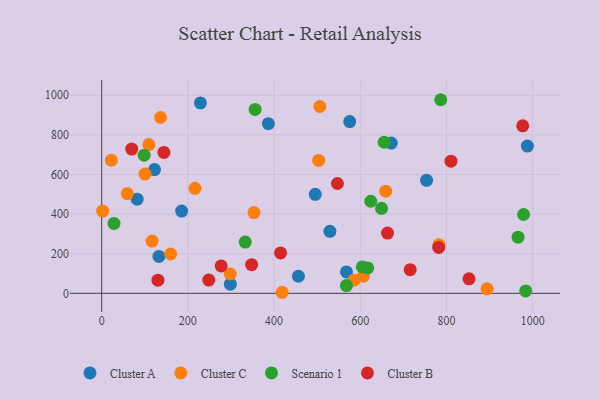
{"axis": {"x": "Ad Spend", "y": "Salary"}, "legend": ["Cluster A", "Cluster B", "Cluster C", "Scenario 1"], "data": [{"x": "529.6", "y": 313.1, "type": "Cluster A"}, {"x": "122.6", "y": 624.5, "type": "Cluster A"}, {"x": "82.3", "y": 475.2, "type": "Cluster A"}, {"x": "495.6", "y": 499.8, "type": "Cluster A"}, {"x": "671.9", "y": 758.7, "type": "Cluster A"}, {"x": "575.5", "y": 866.9, "type": "Cluster A"}, {"x": "456.5", "y": 86.2, "type": "Cluster A"}, {"x": "132.8", "y": 186.6, "type": "Cluster A"}, {"x": "987.8", "y": 743.5, "type": "Cluster A"}, {"x": "753.9", "y": 570.4, "type": "Cluster A"}, {"x": "386.8", "y": 856.6, "type": "Cluster A"}, {"x": "229.2", "y": 961.3, "type": "Cluster A"}, {"x": "185.6", "y": 415.5, "type": "Cluster A"}, {"x": "568.0", "y": 108.0, "type": "Cluster A"}, {"x": "298.6", "y": 46.1, "type": "Cluster A"}, {"x": "109.5", "y": 750.9, "type": "Cluster C"}, {"x": "353.3", "y": 407.9, "type": "Cluster C"}, {"x": "506.2", "y": 943.0, "type": "Cluster C"}, {"x": "22.4", "y": 671.7, "type": "Cluster C"}, {"x": "503.5", "y": 670.9, "type": "Cluster C"}, {"x": "607.2", "y": 86.9, "type": "Cluster C"}, {"x": "100.4", "y": 601.9, "type": "Cluster C"}, {"x": "782.6", "y": 244.9, "type": "Cluster C"}, {"x": "659.1", "y": 515.6, "type": "Cluster C"}, {"x": "136.5", "y": 887.6, "type": "Cluster C"}, {"x": "2.2", "y": 415.2, "type": "Cluster C"}, {"x": "117.0", "y": 264.0, "type": "Cluster C"}, {"x": "298.3", "y": 97.7, "type": "Cluster C"}, {"x": "59.5", "y": 503.7, "type": "Cluster C"}, {"x": "418.7", "y": 5.4, "type": "Cluster C"}, {"x": "216.4", "y": 530.3, "type": "Cluster C"}, {"x": "160.0", "y": 198.6, "type": "Cluster C"}, {"x": "585.6", "y": 66.4, "type": "Cluster C"}, {"x": "894.2", "y": 22.7, "type": "Cluster C"}, {"x": "655.4", "y": 762.6, "type": "Scenario 1"}, {"x": "983.9", "y": 12.0, "type": "Scenario 1"}, {"x": "356.0", "y": 928.3, "type": "Scenario 1"}, {"x": "604.8", "y": 133.5, "type": "Scenario 1"}, {"x": "786.7", "y": 977.3, "type": "Scenario 1"}, {"x": "333.1", "y": 259.0, "type": "Scenario 1"}, {"x": "649.4", "y": 429.2, "type": "Scenario 1"}, {"x": "617.3", "y": 128.1, "type": "Scenario 1"}, {"x": "624.4", "y": 464.9, "type": "Scenario 1"}, {"x": "28.6", "y": 352.8, "type": "Scenario 1"}, {"x": "966.2", "y": 283.5, "type": "Scenario 1"}, {"x": "98.5", "y": 697.6, "type": "Scenario 1"}, {"x": "567.9", "y": 39.1, "type": "Scenario 1"}, {"x": "979.0", "y": 397.9, "type": "Scenario 1"}, {"x": "348.0", "y": 144.7, "type": "Cluster B"}, {"x": "248.5", "y": 67.0, "type": "Cluster B"}, {"x": "144.4", "y": 711.2, "type": "Cluster B"}, {"x": "277.3", "y": 138.6, "type": "Cluster B"}, {"x": "715.9", "y": 119.3, "type": "Cluster B"}, {"x": "782.0", "y": 232.0, "type": "Cluster B"}, {"x": "547.0", "y": 554.4, "type": "Cluster B"}, {"x": "130.6", "y": 66.4, "type": "Cluster B"}, {"x": "663.3", "y": 304.0, "type": "Cluster B"}, {"x": "977.0", "y": 845.6, "type": "Cluster B"}, {"x": "69.7", "y": 728.4, "type": "Cluster B"}, {"x": "852.4", "y": 73.4, "type": "Cluster B"}, {"x": "415.1", "y": 203.9, "type": "Cluster B"}, {"x": "810.5", "y": 667.2, "type": "Cluster B"}]}